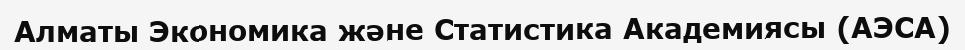
Алматы Экономика және Статистика Академиясы (АЭСА)